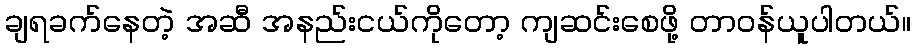
ချရခက်နေတဲ့ အဆီ အနည်းငယ်ကိုတော့ ကျဆင်းစေဖို့ တာဝန်ယူပါတယ်။